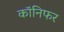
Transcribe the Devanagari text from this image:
कॉनिफर